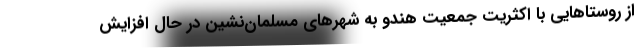
از روستاهایی با اکثریت جمعیت هندو به شهرهای مسلمان‌نشین در حال افزایش